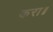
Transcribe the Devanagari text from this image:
करा॥